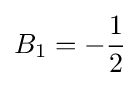
B_{1}=-{\frac {1}{2}}